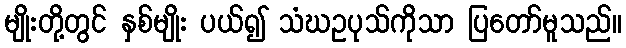
မျိုးတို့တွင် နှစ်မျိုး ပယ်၍ သံဃဥပုသ်ကိုသာ ပြတော်မူသည်။